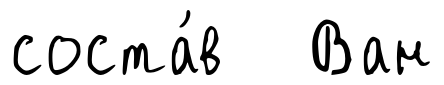
соста́в Ван